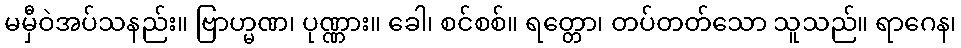
မမှီဝဲအပ်သနည်း။ ဗြာဟ္မဏ၊ ပုဏ္ဏား။ ခေါ၊ စင်စစ်။ ရတ္တော၊ တပ်တတ်သော သူသည်။ ရာဂေန၊